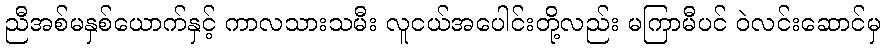
ညီအစ်မနှစ်ယောက်နှင့် ကာလသားသမီး လူငယ်အပေါင်းတို့လည်း မကြာမီပင် ဝဲလင်းဆောင်မှ